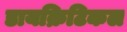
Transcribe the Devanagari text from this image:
डायक्रिटिकल